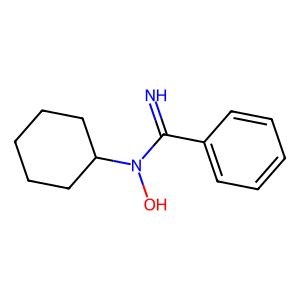
SMILES: N=C(c1ccccc1)N(O)C1CCCCC1
Inhibits HIV replication: No